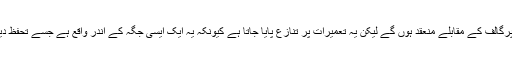
اس جگہ پرگالف کے مقابلے منعقد ہوں گے لیکن یہ تعمیرات پر تنازع پایا جاتا ہے کیونکہ یہ ایک ایسی جگہ کے اندر واقع ہے جسے تحفظ دیا گیا ہے۔